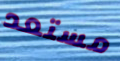
مستعد